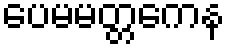
ပေမမတ္တကေန